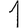
Digit: 1